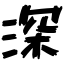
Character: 深